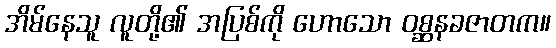
အိမ်နေသူ လူတို့၏ အပြစ်ကို ဟောသော ဝစ္ဆနခဇာတက။